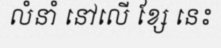
លំនាំ នៅលើ ខ្សែ នេះ